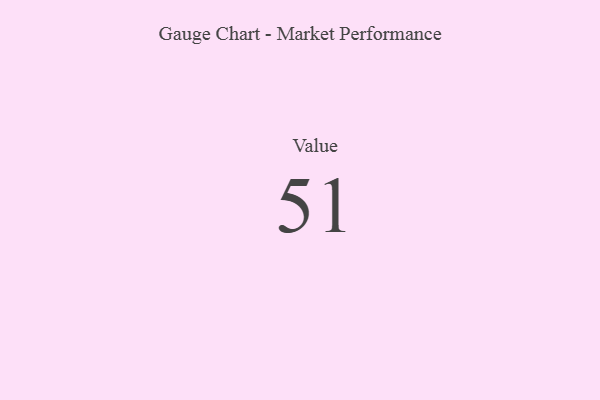
{"axis": {"x": "Metric", "y": "Value"}, "legend": [""], "data": [{"x": "Value", "y": 51, "type": ""}]}